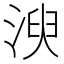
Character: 㳛